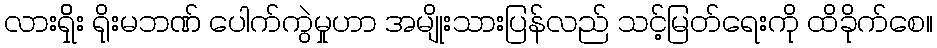
လားရှိိုး ရိုးမဘဏ် ပေါက်ကွဲမှုဟာ အမျိုးသားပြန်လည် သင့်မြတ်ရေးကို ထိခိုက်စေ။